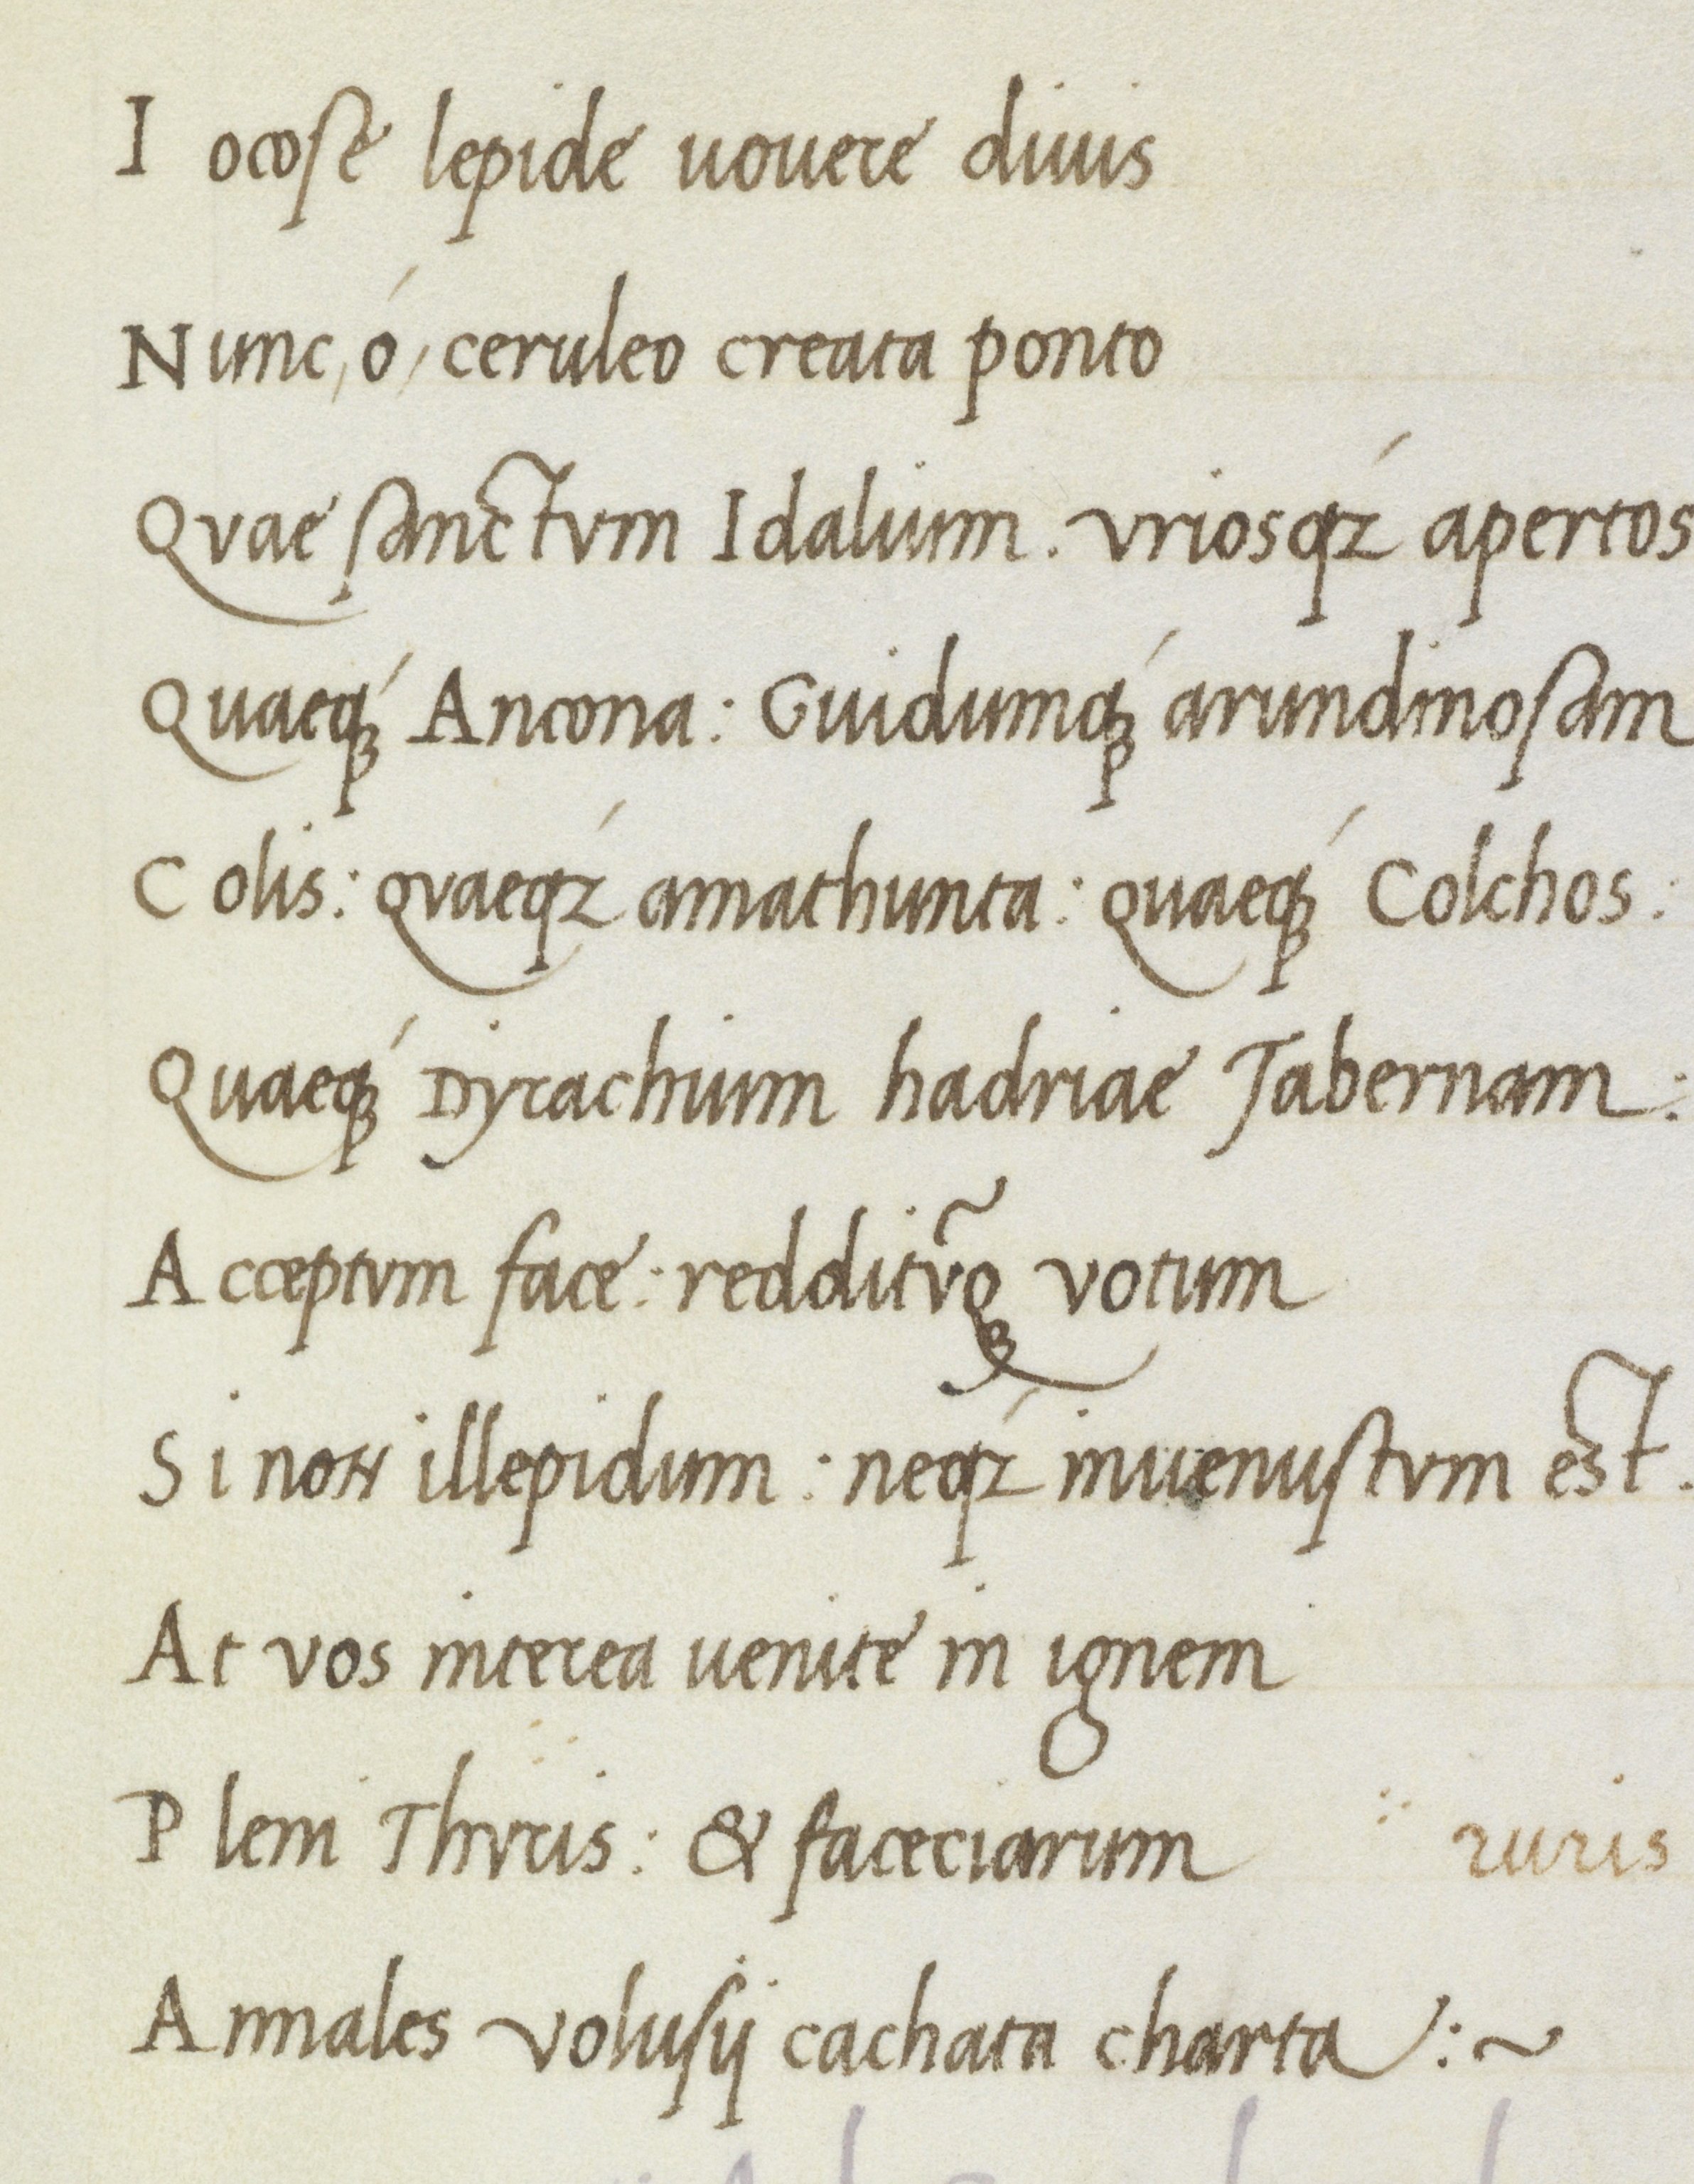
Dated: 1470–1499